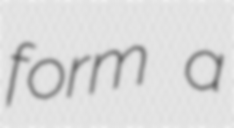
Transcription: form a